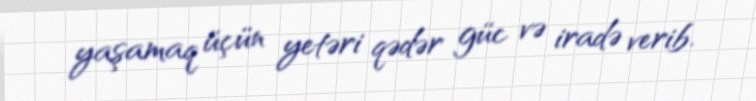
yaşamaq üçün yetəri qədər güc və iradə verib.